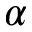
\alpha